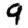
Digit: 9